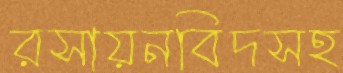
রসায়নবিদসহ